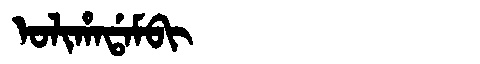
Manchu: ᠣᠯᡳᡥᠠᡩᠠᠮᠪᡳ
Romanization: OLIHADAMBI